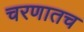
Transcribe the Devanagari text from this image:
चरणातच